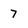
Character: 7